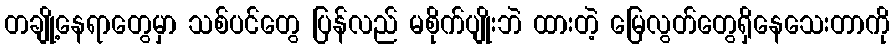
တချို့နေရာတွေမှာ သစ်ပင်တွေ ပြန်လည် မစိုက်ပျိုးဘဲ ထားတဲ့ မြေလွတ်တွေရှိနေသေးတာကို